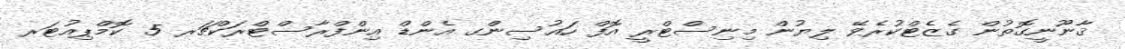
ޤާނޫނީގޮތުން ގެޒެޓްކުރެވޭ ލިޔުން މިނިސްޓްރީ އޮފް ހައުސިންގ އެންޑް އިންފްރާސްޓްރަކްޗަރ 5 ކޮމްޕިއުޓަރ